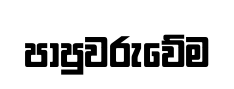
පාපුවරුවේම